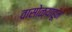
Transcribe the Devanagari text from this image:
वासोळ्याहून